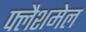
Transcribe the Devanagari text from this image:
फ्लैशमेल